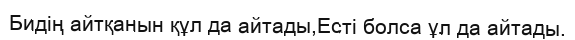
Бидің айтқанын құл да айтады,Есті болса ұл да айтады.